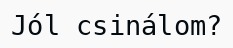
Jól csinálom?